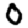
Digit: 0